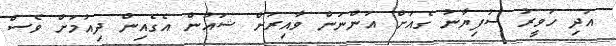
އަދި ހަވީރު ސުފިޔާނު ގެއަށް އަންނަން ވާއިރަށް ޝައުން އެގެއިން ދިއުމަށް ވެސް